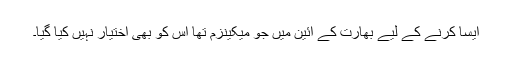
ایسا کرنے کے لیے بھارت کے آئین میں جو میکینزم تھا اس کو بھی اختیار نہیں کیا گیا۔